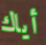
أياك